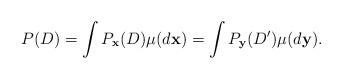
LaTeX: \begin{align*}P(D)=\int P_{\mathbf{x}}(D) \mu(d\mathbf{x})=\int P_{\mathbf{y}}(D') \mu(d\mathbf{y}).\end{align*}